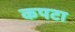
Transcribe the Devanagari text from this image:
कपटा